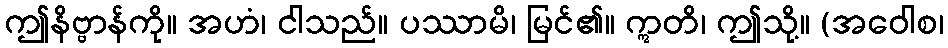
ဤနိဗ္ဗာန်ကို။ အဟံ၊ ငါသည်။ ပဿာမိ၊ မြင်၏။ ဣတိ၊ ဤသို့။ (အဝေါစ၊